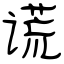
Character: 谎